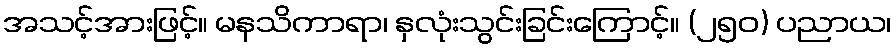
အသင့်အားဖြင့်။ မနသိကာရာ၊ နှလုံးသွင်းခြင်းကြောင့်။ (၂၅၀) ပညာယ၊